Punjab Mental Hospital Lahore 1932-46 - 1932-1946
Year: 1932
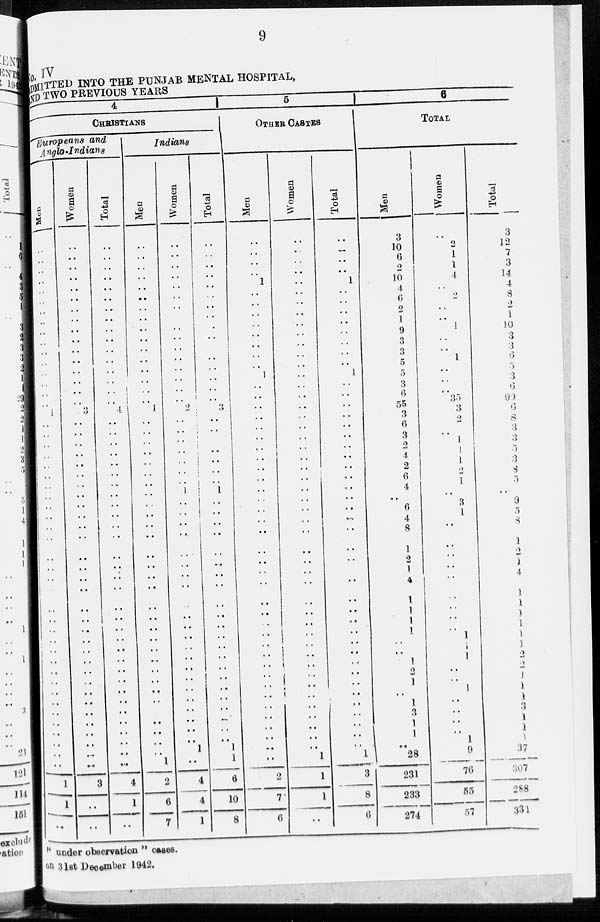
9
No.IV
ADMITTED INTO THE PUNJAB MENTAL HOSPITAL,
AND TWO PREVIOUS YEARS
4
CHRISTIANS
Europeans and
Anglo-Indians
Men
..
..
..
..
..
..
..
..
..
..
..
..
..
..
..
..
1
..
..
..
..
..
..
..
..
..
..
..
..
..
..
..
..
..
..
..
..
..
..
..
..
..
..
..
..
..
..
..
..
1
1
..
Women
..
..
..
..
..
..
..
..
..
..
..
..
..
..
..
..
3
..
..
..
..
..
..
..
..
..
..
..
..
..
..
..
..
..
..
..
..
..
..
..
..
..
..
..
..
..
..
..
..
3
..
..
Total
..
..
..
..
..
..
..
..
..
..
..
..
..
..
..
..
4
..
..
..
..
..
..
..
..
..
..
..
..
..
..
..
..
..
..
..
..
..
..
..
..
..
..
..
..
..
..
..
..
4
1
..
Indians
Men
..
..
..
..
..
..
..
..
..
..
..
..
..
..
..
..
1
..
..
..
..
..
..
..
..
..
..
..
..
..
..
..
..
..
..
..
..
..
..
..
..
..
..
..
..
..
..
..
1
2
6
7
Women
..
..
..
..
..
..
..
..
..
..
..
..
..
..
..
..
2
..
..
..
..
..
..
..
1
..
..
..
..
..
..
..
..
..
..
..
..
..
..
..
..
..
..
..
..
..
..
1
..
4
4
1
Total
..
..
..
..
..
..
..
..
..
..
..
..
..
..
..
..
3
..
..
..
..
..
..
..
1
..
..
..
..
..
..
..
..
..
..
..
..
..
..
..
..
..
..
..
..
..
..
1
1
6
10
8
5
OTHER CASTES
Men
..
..
..
..
1
..
..
..
..
..
..
..
..
1
..
..
..
..
..
..
..
..
..
..
..
..
..
..
..
..
..
..
..
..
..
..
..
..
..
..
..
..
..
..
..
..
..
..
..
2
7
6
Women
..
..
..
..
..
..
..
..
..
..
..
..
..
..
..
..
..
..
..
..
..
..
..
..
..
..
..
..
..
..
..
..
..
..
..
..
..
..
..
..
..
..
..
..
..
..
..
..
1
1
1
..
Total
..
..
..
..
1
..
..
..
..
..
..
..
..
1
..
..
..
..
..
..
..
..
..
..
..
..
..
..
..
..
..
..
..
..
..
..
..
..
..
..
..
..
..
..
..
..
..
..
1
3
8
6
6
TOTAL
Men
3
10
6
2
10
4
6
2
1
9
3
3
5
5
3
6
55
3
6
3
2
4
2
6
4
..
6
4
8
1
2
1
4
1
1
1
1
..
..
1
2
1
..
1
3
1
1
..
28
231
233
274
Women
..
2
1
1
4
..
2
..
..
1
..
..
1
..
..
..
35
3
2
..
1
1
1
2
1
..
3
1
..
..
..
..
..
..
..
..
..
1
1
1
..
..
1
..
..
..
..
1
9
76
55
57
Total
3
12
7
3
14
4
8
2
1
10
3
3
6
5
3
6
90
6
8
3
3
5
3
8
5
..
9
5
8
1
2
1
4
1
1
1
1
1
1
2
2
1
1
1
3
1
1
1
37
307
288
331
" under observation " cases.
on 31st December 1942.